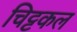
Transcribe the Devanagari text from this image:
चिट्टकल